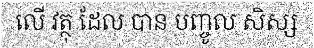
លើ វត្ថុ ដែល បាន បញ្ចូល សិស្ស